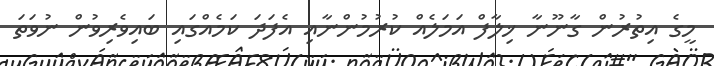
މީގެ އިތުރުން ގާނޫނާ ޚިލާފް އަމަލެއް ކުރުމުންނާއި އެފަދަ ކަމެއްގައި ބައިވެރިވުން ނުވަތަ